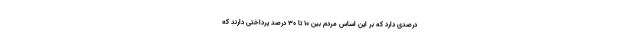
درصدی دارد که بر این اساس مردم بین ۱۰ تا ۳۰ درصد پرداختی دارند که